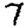
Digit: 7